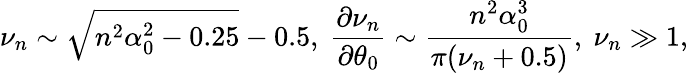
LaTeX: \nu_{n}\sim\sqrt{n^{2}\alpha_{0}^{2}-0.25}-0.5,\ \frac{\partial\nu_{n}}{\partial\theta_{0}}\sim\frac{n^{2}\alpha_{0}^{3}}{\pi(\nu_{n}+0.5)},\ \nu_{n}\gg 1,